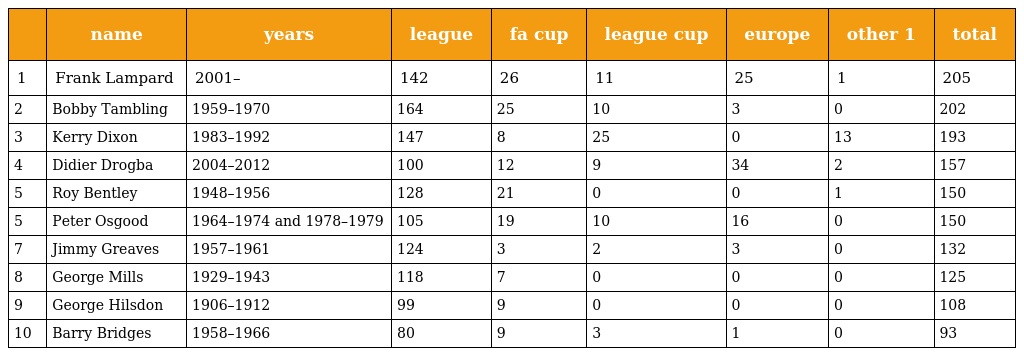
|  | name | years | league | fa cup | league cup | europe | other 1 | total |
 | --- | --- | --- | --- | --- | --- | --- | --- | --- |
 | 1 | Frank Lampard | 2001– | 142 | 26 | 11 | 25 | 1 | 205 |
 | 2 | Bobby Tambling | 1959–1970 | 164 | 25 | 10 | 3 | 0 | 202 |
 | 3 | Kerry Dixon | 1983–1992 | 147 | 8 | 25 | 0 | 13 | 193 |
 | 4 | Didier Drogba | 2004–2012 | 100 | 12 | 9 | 34 | 2 | 157 |
 | 5 | Roy Bentley | 1948–1956 | 128 | 21 | 0 | 0 | 1 | 150 |
 | 5 | Peter Osgood | 1964–1974 and 1978–1979 | 105 | 19 | 10 | 16 | 0 | 150 |
 | 7 | Jimmy Greaves | 1957–1961 | 124 | 3 | 2 | 3 | 0 | 132 |
 | 8 | George Mills | 1929–1943 | 118 | 7 | 0 | 0 | 0 | 125 |
 | 9 | George Hilsdon | 1906–1912 | 99 | 9 | 0 | 0 | 0 | 108 |
 | 10 | Barry Bridges | 1958–1966 | 80 | 9 | 3 | 1 | 0 | 93 |